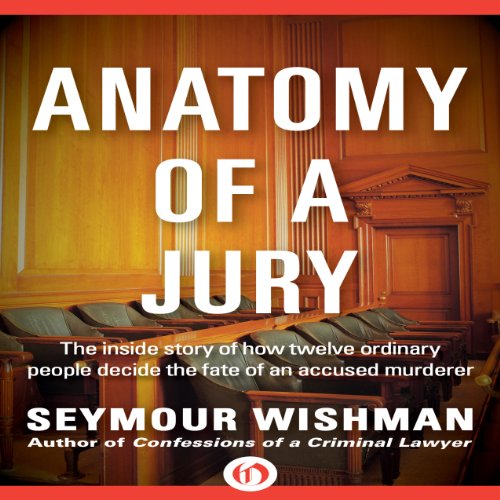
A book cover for Anatomy of a Jury: The Inside Story of How 12 Ordinary People Decide the Fate of an Accused Murderer; Seymour Wishman; Law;